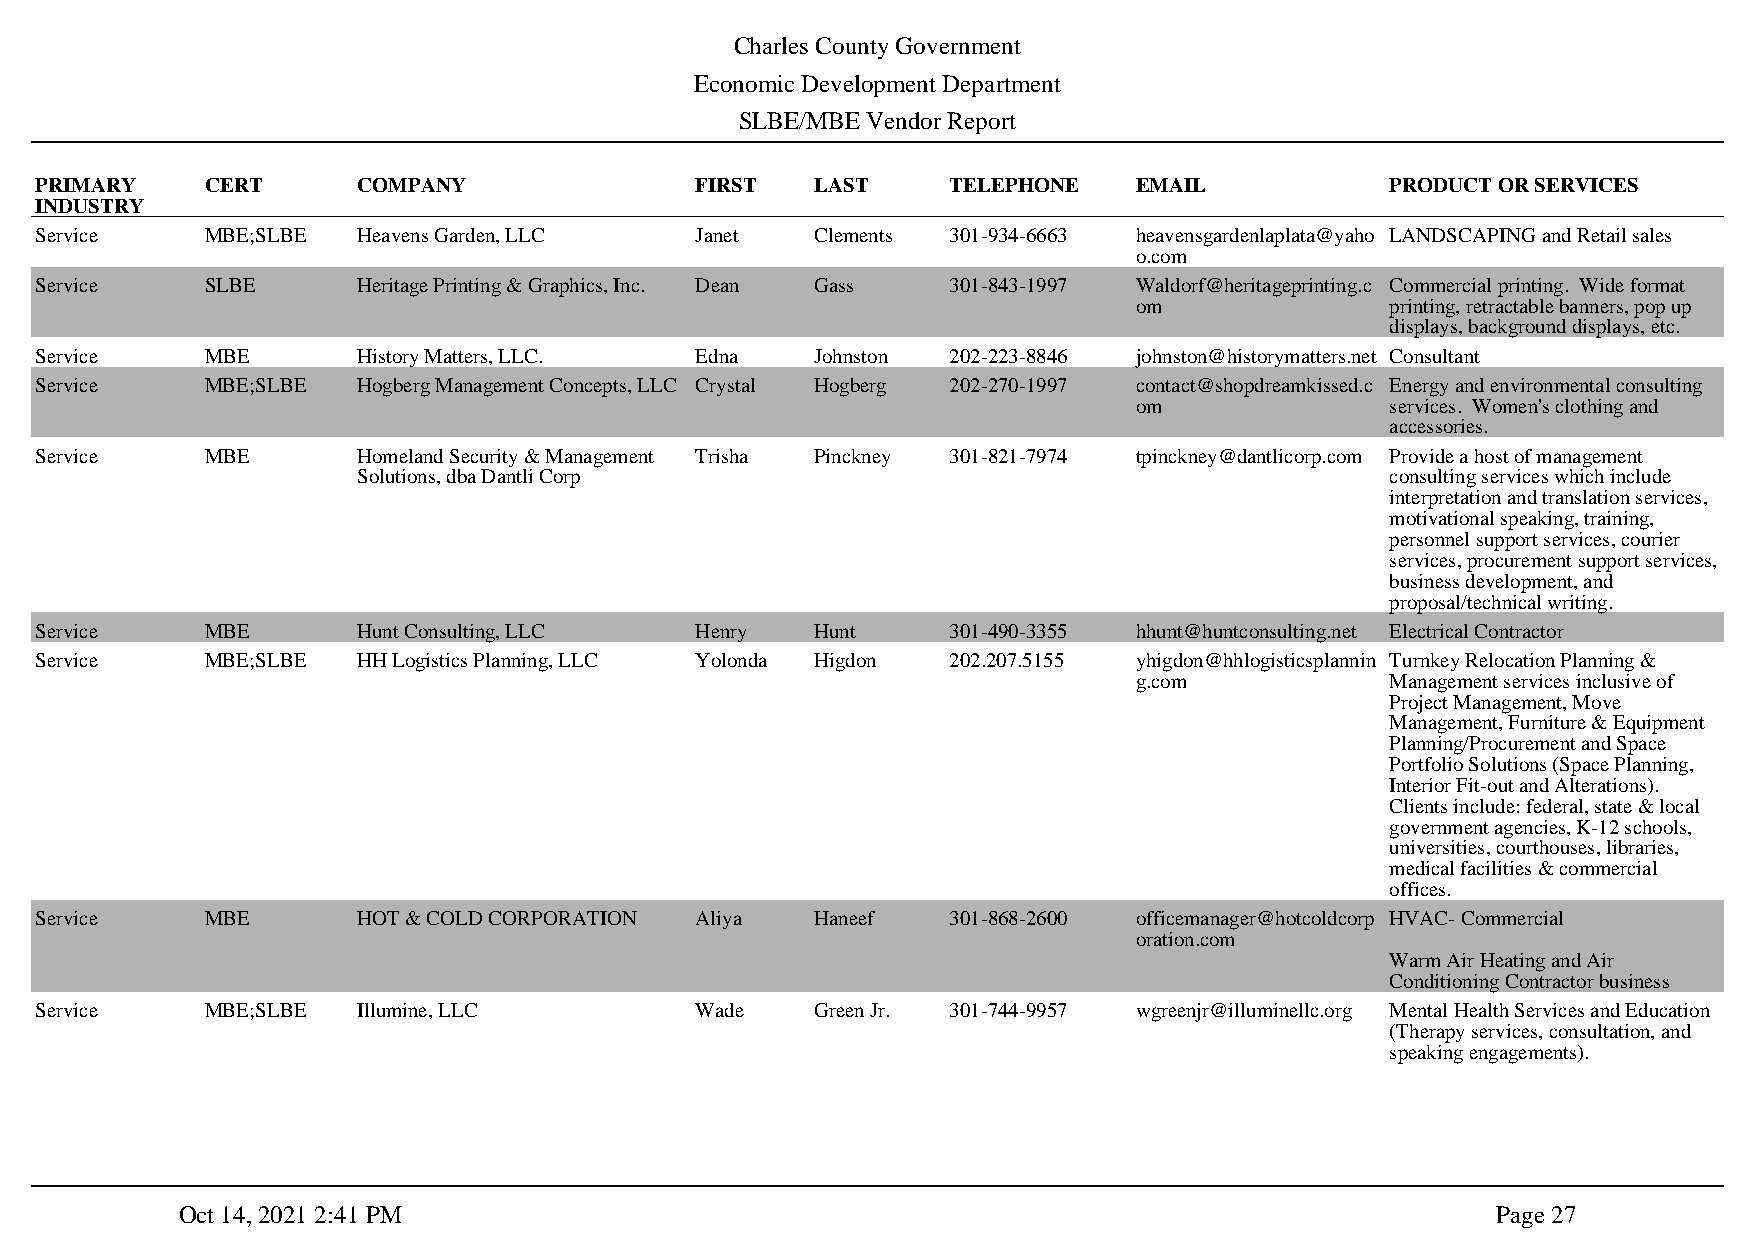
Charles County Government
 Economic Development Department
 SLBE/MBE Vendor Report
 PRIMARY     CERT      COMPANY               FIRST   LAST     TELEPHONE   EMAIL            PRODUCT OR SERVICES
 INDUSTRY
 Service     MBE;SLBE  Heavens Garden, LLC   Janet   Clements 301-934-6663 heavensgardenlaplata@yaho LANDSCAPING and Retail sales
 o.com
 Service     SLBE      Heritage Printing & Graphics, Inc. Dean Gass 301-843-1997 Waldorf@heritageprinting.c Commercial printing. Wide format
 om               printing, retractable banners, pop up
 displays, background displays, etc.
 Service     MBE       History Matters, LLC. Edna    Johnston 202-223-8846 johnston@historymatters.net Consultant
 Service     MBE;SLBE  Hogberg Management Concepts, LLC Crystal Hogberg 202-270-1997 contact@shopdreamkissed.c Energy and environmental consulting
 om               services. Women's clothing and
 accessories.
 Service     MBE       Homeland Security & Management Trisha Pinckney 301-821-7974 tpinckney@dantlicorp.com Provide a host of management
 Solutions, dba Dantli Corp                                          consulting services which include
 interpretation and translation services,
 motivational speaking, training,
 personnel support services, courier
 services, procurement support services,
 business development, and
 proposal/technical writing.
 Service     MBE       Hunt Consulting, LLC  Henry   Hunt     301-490-3355 hhunt@huntconsulting.net Electrical Contractor
 Service     MBE;SLBE  HH Logistics Planning, LLC Yolonda Higdon 202.207.5155 yhigdon@hhlogisticsplannin Turnkey Relocation Planning &
 g.com            Management services inclusive of
 Project Management, Move
 Management, Furniture & Equipment
 Planning/Procurement and Space
 Portfolio Solutions (Space Planning,
 Interior Fit-out and Alterations).
 Clients include: federal, state & local
 government agencies, K-12 schools,
 universities, courthouses, libraries,
 medical facilities & commercial
 offices.
 Service     MBE       HOT & COLD CORPORATION Aliya  Haneef   301-868-2600 officemanager@hotcoldcorp HVAC- Commercial
 oration.com
 Warm Air Heating and Air
 Conditioning Contractor business
 Service     MBE;SLBE  Illumine, LLC         Wade    Green Jr. 301-744-9957 wgreenjr@illuminellc.org Mental Health Services and Education
 (Therapy services, consultation, and
 speaking engagements).
 Oct 14, 2021 2:41 PM                                                                   Page 27